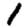
Digit: 1